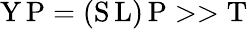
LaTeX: \mathrm{Y}\, \mathrm{P}=(\mathrm{S}\, \mathrm{L})\, \mathrm{P}>>\mathrm{T}